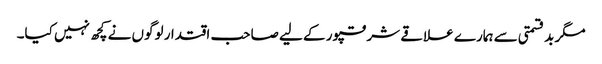
مگر بدقسمتی سے ہمارے علاقے شرقپور کے لیے صاحب اقتدار لوگوں نے کچھ نہیں کیا۔